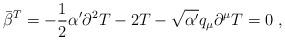
LaTeX: \begin{align*}\bar{\beta}^T = - \frac{1}{2}\alpha'\partial^2 T - 2T - \sqrt{\alpha'} q_{\mu}\partial^{\mu}T = 0 ~,\end{align*}